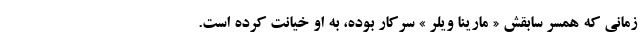
زمانی که همسر سابقش « مارینا ویلر » سرکار بوده، به او خیانت کرده است.